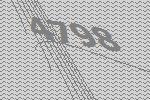
4798